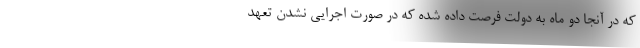
که در آنجا دو ماه به دولت فرصت داده شده که در صورت اجرایی نشدن تعهد